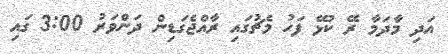
އަދި މާދަމާ ރޭ ކުޅޭ ފަހު މެޗުގައި ރާއްޖެގަޑިން ދަންވަރު 3:00 ގައި